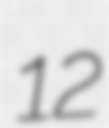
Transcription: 12